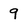
Character: 9